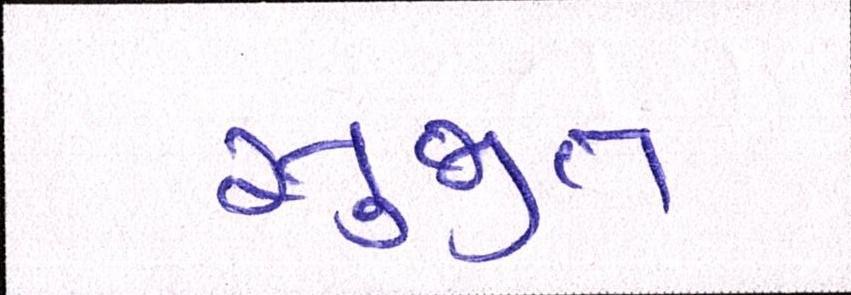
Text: સુજીત